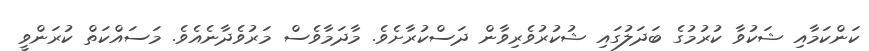
ކަންކަމާއި ޝަކުވާ ކުރުމުގެ ބަދަލުގައި ޝުކުރުވެރިވާން ދަސްކުރާށެވެ. މާދަމާވެސް މަރުވެދާނެއެވެ. މަސައްކަތް ކުރަންވީ